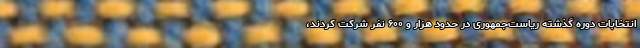
انتخابات دوره گذشته ریاست‌جمهوری در حدود هزار و ۶۰۰ نفر شرکت کردند،